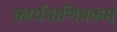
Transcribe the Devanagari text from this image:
कार्यमाणिवकम्